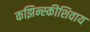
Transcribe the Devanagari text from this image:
कझिन्स्कीशिवाय